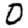
Digit: 0